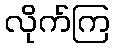
လိုက်ကြ